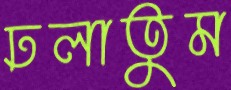
ঢলাতুম